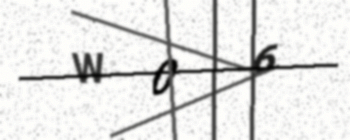
Text: W06